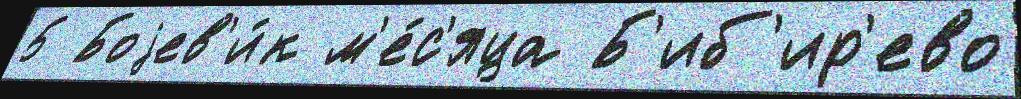
5 Боjев'и́к м'е́с'яца Б'иб'ир'ево